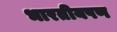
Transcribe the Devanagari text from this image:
भारतीयपण